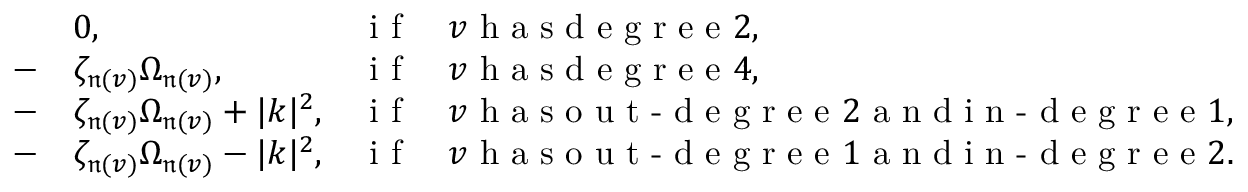
\begin{array} { r l r l } & { 0 , } & { \textrm { i f } } & { v \textrm { h a s d e g r e e } 2 , } \\ { - } & { \zeta _ { \mathfrak n ( v ) } \Omega _ { \mathfrak n ( v ) } , } & { \textrm { i f } } & { v \textrm { h a s d e g r e e } 4 , } \\ { - } & { \zeta _ { \mathfrak n ( v ) } \Omega _ { \mathfrak n ( v ) } + | k | ^ { 2 } , } & { \textrm { i f } } & { v \textrm { h a s o u t - d e g r e e } 2 \textrm { a n d i n - d e g r e e } 1 , } \\ { - } & { \zeta _ { \mathfrak n ( v ) } \Omega _ { \mathfrak n ( v ) } - | k | ^ { 2 } , } & { \textrm { i f } } & { v \textrm { h a s o u t - d e g r e e } 1 \textrm { a n d i n - d e g r e e } 2 . } \end{array}